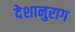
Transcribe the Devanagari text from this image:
देशानुराग